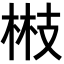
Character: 𭪘